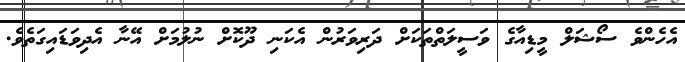
އެހެންވެ ސޯޝަލް މީޑިއާގެ ވަސީލަތްތަކަށް ދަރިވަރުން އެކަނި ދޫކޮށް ނުލުމަށް އޭނާ އެދިވަޑައިގަތެވެ.